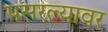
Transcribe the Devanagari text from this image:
पसरल्यावर